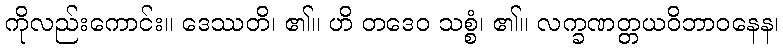
ကိုလည်းကောင်း။ ဒေဿတိ၊ ၏။ ဟိ တဒေဝ သစ္စံ၊ ၏။ လက္ခဏတ္တယဝိဘာဝနေန၊